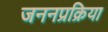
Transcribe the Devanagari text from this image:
जननप्रक्रिया